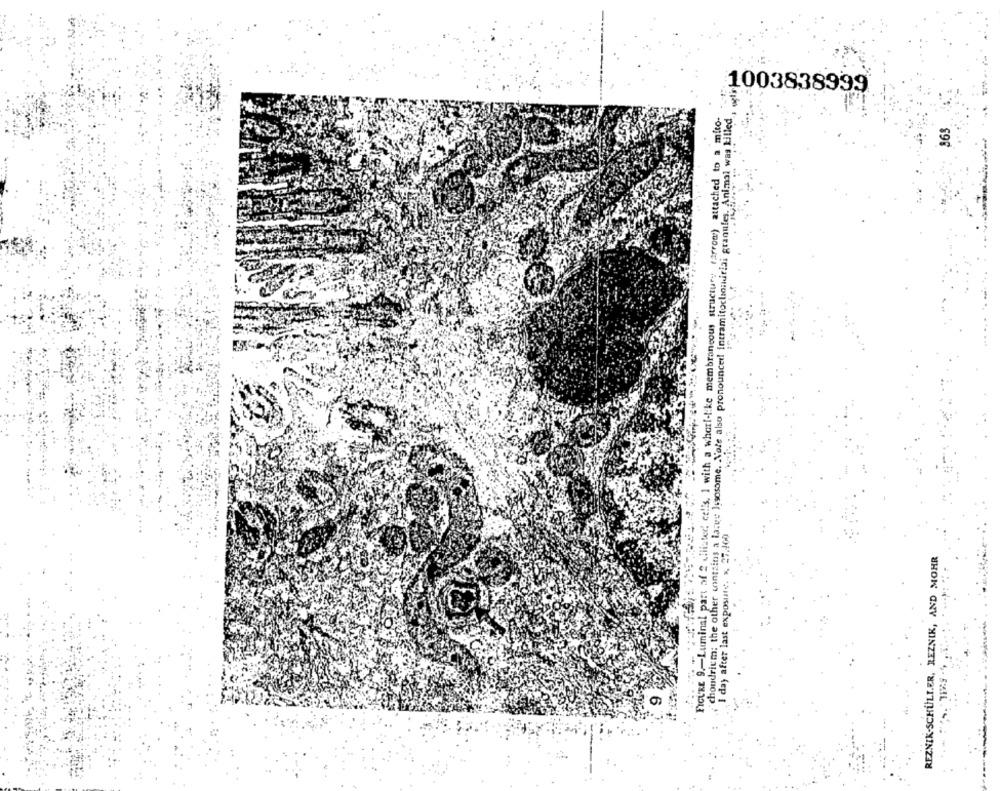
1003838999
FIGURE 9 .- Luminal part of 2 (iiister, cel's, 1 with a wharf-like membrancous structure farrow) attached to a mito-
chondriem: the other contains a large lysosome. Vole also pronounced intramitochondriai granules, Animal was killed.
865
I day after last exposure. x, 27.400
REZNIK-SCHULLER, REZNIK, AND MOHR